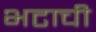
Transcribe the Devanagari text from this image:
भटाची